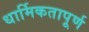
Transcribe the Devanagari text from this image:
धार्मिकतापूर्ण